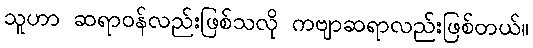
သူဟာ ဆရာဝန်လည်းဖြစ်သလို ကဗျာဆရာလည်းဖြစ်တယ်။